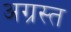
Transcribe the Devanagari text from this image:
अग्रस्त